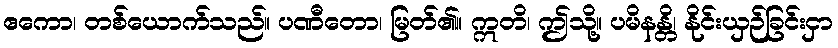
ဧကော၊ တစ်ယောက်သည်။ ပဏီတော၊ မြတ်၏။ ဣတိ၊ ဤသို့။ ပမိနန္တိ၊ နိုင်းယှဉ်ခြင်းငှာ